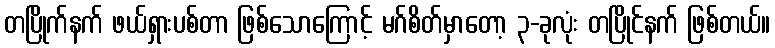
တပြိုက်နက် ဖယ်ရှားပစ်တာ ဖြစ်သောကြောင့် မဂ်စိတ်မှာတော့ ၃-ခုလုံး တပြိုင်နက် ဖြစ်တယ်။